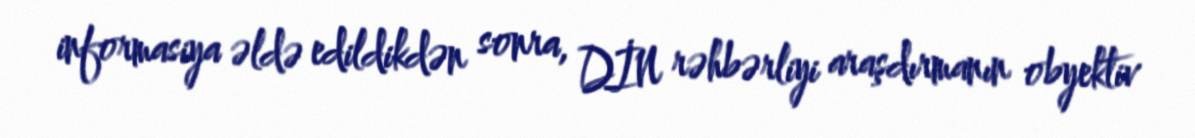
informasiya əldə edildikdən sonra, DİN rəhbərliyi araşdırmanın obyektiv